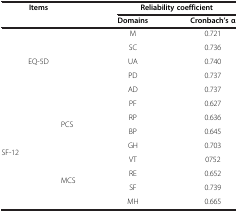
<table><thead><tr><td colspan="2"><b>Items</b></td><td colspan="2"><b>Reliability coefficient</b></td></tr><tr><td><b> </b></td><td><b> </b></td><td><b>Domains</b></td><td><b>Cronbach’s α</b></td></tr></thead><tbody><tr><td rowspan="5" colspan="2">EQ-5D</td><td>M</td><td>0.721</td></tr><tr><td>SC</td><td>0.736</td></tr><tr><td>UA</td><td>0.740</td></tr><tr><td>PD</td><td>0.737</td></tr><tr><td>AD</td><td>0.737</td></tr><tr><td rowspan="8">SF-12</td><td rowspan="4">PCS</td><td>PF</td><td>0.627</td></tr><tr><td>RP</td><td>0.636</td></tr><tr><td>BP</td><td>0.645</td></tr><tr><td>GH</td><td>0.703</td></tr><tr><td rowspan="4">MCS</td><td>VT</td><td>0752</td></tr><tr><td>RE</td><td>0.652</td></tr><tr><td>SF</td><td>0.739</td></tr><tr><td>MH</td><td>0.665</td></tr></tbody></table>